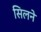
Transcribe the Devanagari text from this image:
सिलने